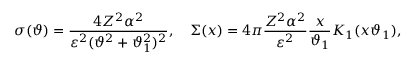
\displaystyle { \sigma ( \vartheta ) = \frac { 4 Z ^ { 2 } \alpha ^ { 2 } } { \varepsilon ^ { 2 } ( \vartheta ^ { 2 } + \vartheta _ { 1 } ^ { 2 } ) ^ { 2 } } , \quad \Sigma ( x ) = 4 \pi \frac { Z ^ { 2 } \alpha ^ { 2 } } { \varepsilon ^ { 2 } } \frac { x } { \vartheta _ { 1 } } K _ { 1 } ( x \vartheta _ { 1 } ) } ,